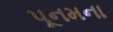
પૂનમના